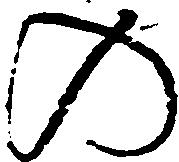
の